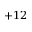
+ 1 2